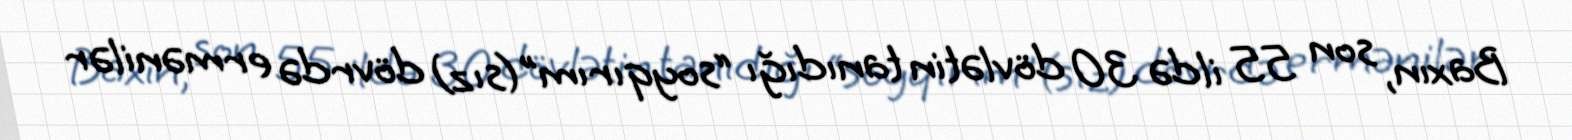
Baxın, son 55 ildə 30 dövlətin tanıdığı “soyqırım”(sız) dövrdə ermənilər